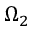
\Omega _ { 2 }